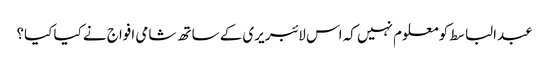
عبدالباسط کو معلوم نہیں کہ اس لائبریری کے ساتھ شامی افواج نے کیا کیا؟